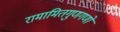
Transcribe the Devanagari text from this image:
रामामितगुणगणो